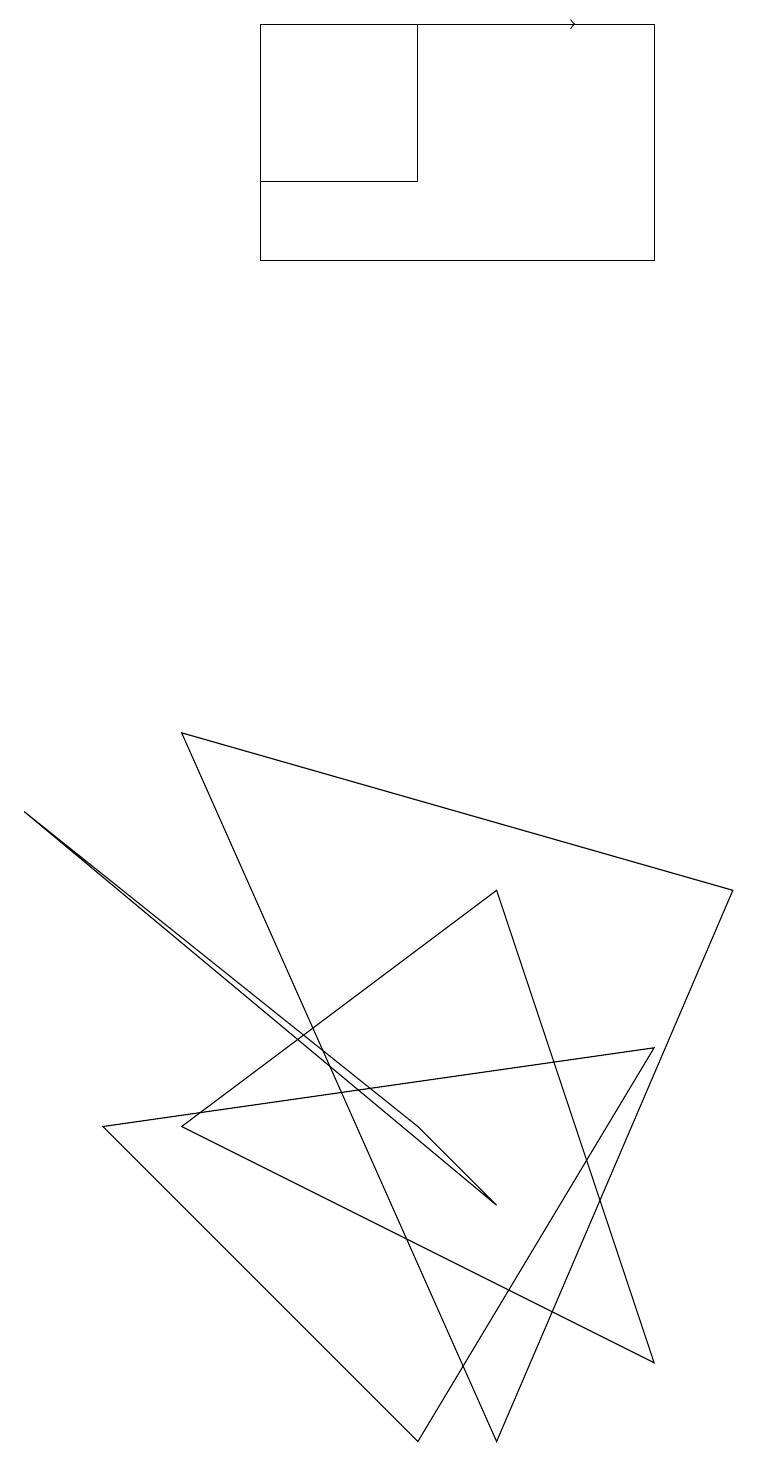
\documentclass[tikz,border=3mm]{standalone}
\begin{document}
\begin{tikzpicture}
\draw (6,0) -- (9,7) -- (2,9) -- cycle;
\draw (0,8) -- (6,3) -- (5,4) -- cycle;
\draw (3,16) rectangle (3,16);
\draw (3,18) rectangle (5,16);
\draw[->] (4,18) -- (7,18);
\draw (3,15) rectangle (8,18);
\draw (8,5) -- (5,0) -- (1,4) -- cycle;
\draw (8,1) -- (2,4) -- (6,7) -- cycle;
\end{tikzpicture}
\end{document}